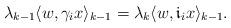
LaTeX: \begin{align*}\lambda_{k - 1} \langle w, \gamma_{i} x\rangle_{k - 1} = \lambda_{k} \langle w,\mathfrak{i}_{i} x \rangle_{k - 1}.\end{align*}